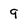
Character: 9